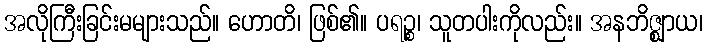
အလိုကြီးခြင်းမများသည်။ ဟောတိ၊ ဖြစ်၏။ ပရဉ္စ၊ သူတပါးကိုလည်း။ အနဘိဇ္ဈာယ၊